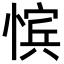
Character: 𪬚